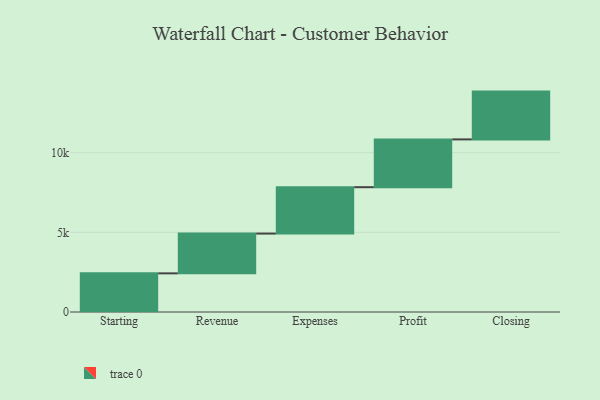
{"axis": {"x": "Step", "y": "Value"}, "legend": [""], "data": [{"x": "Starting", "y": 2426.0, "type": ""}, {"x": "Revenue", "y": 2496.0, "type": ""}, {"x": "Expenses", "y": 2912.0, "type": ""}, {"x": "Profit", "y": 3000, "type": ""}, {"x": "Closing", "y": 3000, "type": ""}]}